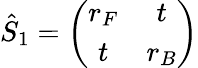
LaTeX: \hat{S}_{1}=\left(\begin{array}{cc}{r_{F}}&{t}\\ {t}&{r_{B}}\end{array}\right)